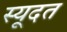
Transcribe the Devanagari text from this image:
स्यूदत